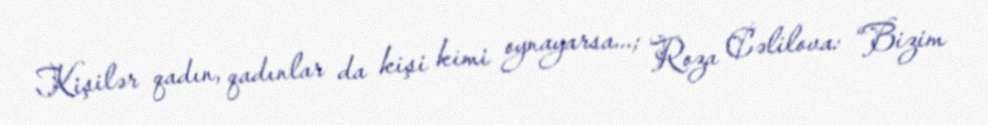
Kişilər qadın, qadınlar da kişi kimi oynayarsa...; Roza Cəlilova: “Bizim